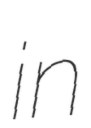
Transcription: in